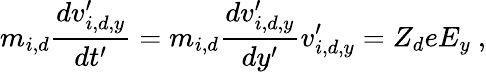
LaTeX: m_{i,d}\frac{dv_{i,d,y}^{\prime}}{dt^{\prime}}=m_{i,d}\frac{dv_{i,d,y}^{\prime}}{dy^{\prime}}v_{i,d,y}^{\prime}=Z_{d}eE_{y}\ ,